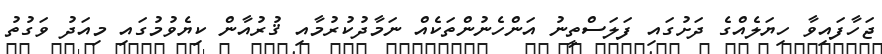
ޖަހާފައިވާ ހިޔަލެއްގެ ދަށުގައި ފަލަސްތީނު އަންހެނުންތަކެއް ނަމާދުކުރުމާއި ޤުރުއާން ކިޔެވުމުގައި މިއަދު ވަގުތު